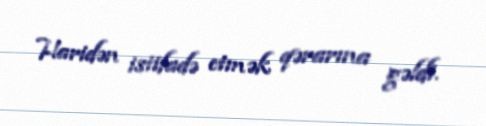
Haridən istifadə etmək qərarına gəldi.